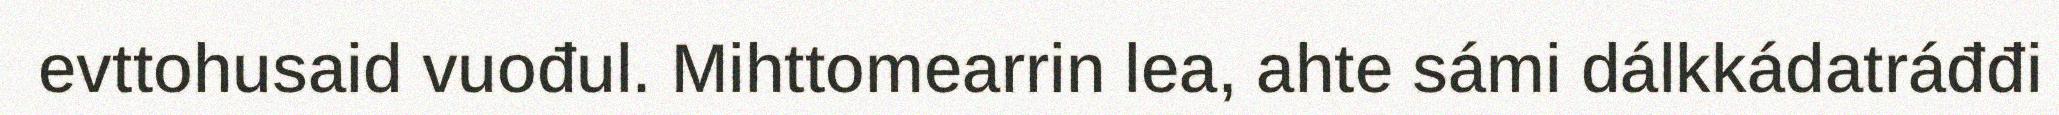
evttohusaid vuođul. Mihttomearrin lea, ahte sámi dálkkádatráđđi